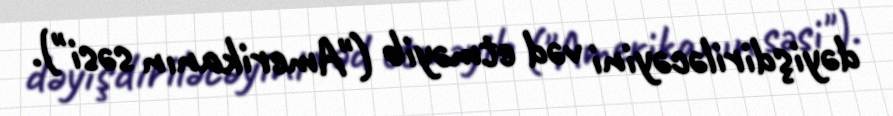
dəyişdiriləcəyini vəd etməyib ("Amerikanın səsi").